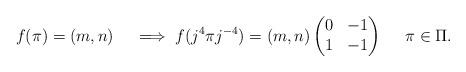
LaTeX: \begin{align*}f(\pi)=(m,n)\quad\implies f(j^4\pi j^{-4})=(m,n)\begin{pmatrix}0&-1\\1&-1\end{pmatrix}\quad\ \pi\in\Pi.\end{align*}